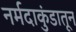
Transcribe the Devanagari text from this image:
नर्मदाकुंडातून